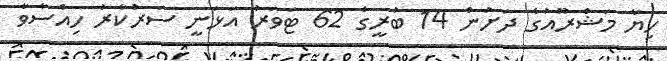
ހިޔާ މަޝްރޫއުގެ ދަށުން 14 ބުރީގެ 62 ޓަވަރު އަޅަނީ ސަރުކާރު ހިއްސާވާ